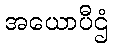
အယောပီဌံ